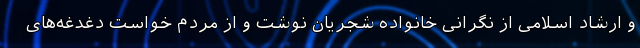
و ارشاد اسلامی از نگرانی خانواده شجریان نوشت و از مردم خواست دغدغه‌های